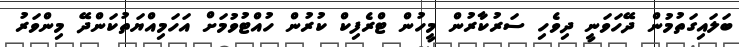
ބަލައިގަތުމުން ދޭހަވަނީ ދިވެހި ސަރުކާރުން މީހުން ޓްރެފިކް ކުރުން ހުއްޓުވުމަށް އަހަމިއްޔަތުކަންދޭ މިންވަރު